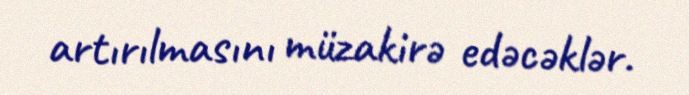
artırılmasını müzakirə edəcəklər.